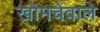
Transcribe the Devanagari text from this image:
खोमचेवाले